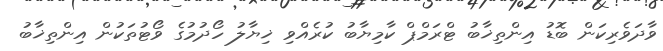
ވާދަވެރިކަން ބޮޑު އިންތިޚާބު ޓްރަމްޕް ކާމިޔާބު ކުރެއްވި ޚިޔާލު ހޯދުމުގެ ވޯޓުތަކުން އިންތިޚާބު